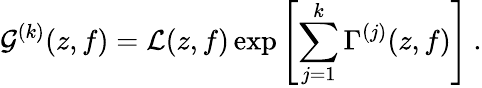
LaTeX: \mathcal{G}^{(k)}(z,f)=\mathcal{L}(z,f)\exp\left[\sum_{j=1}^{k}\Gamma^{(j)}(z,f)\right]\: .